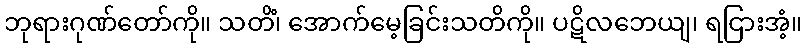
ဘုရားဂုဏ်တော်ကို။ သတိံ၊ အောက်မေ့ခြင်းသတိကို။ ပဋိလဘေယျ၊ ရငြားအံ့။